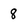
Character: 8